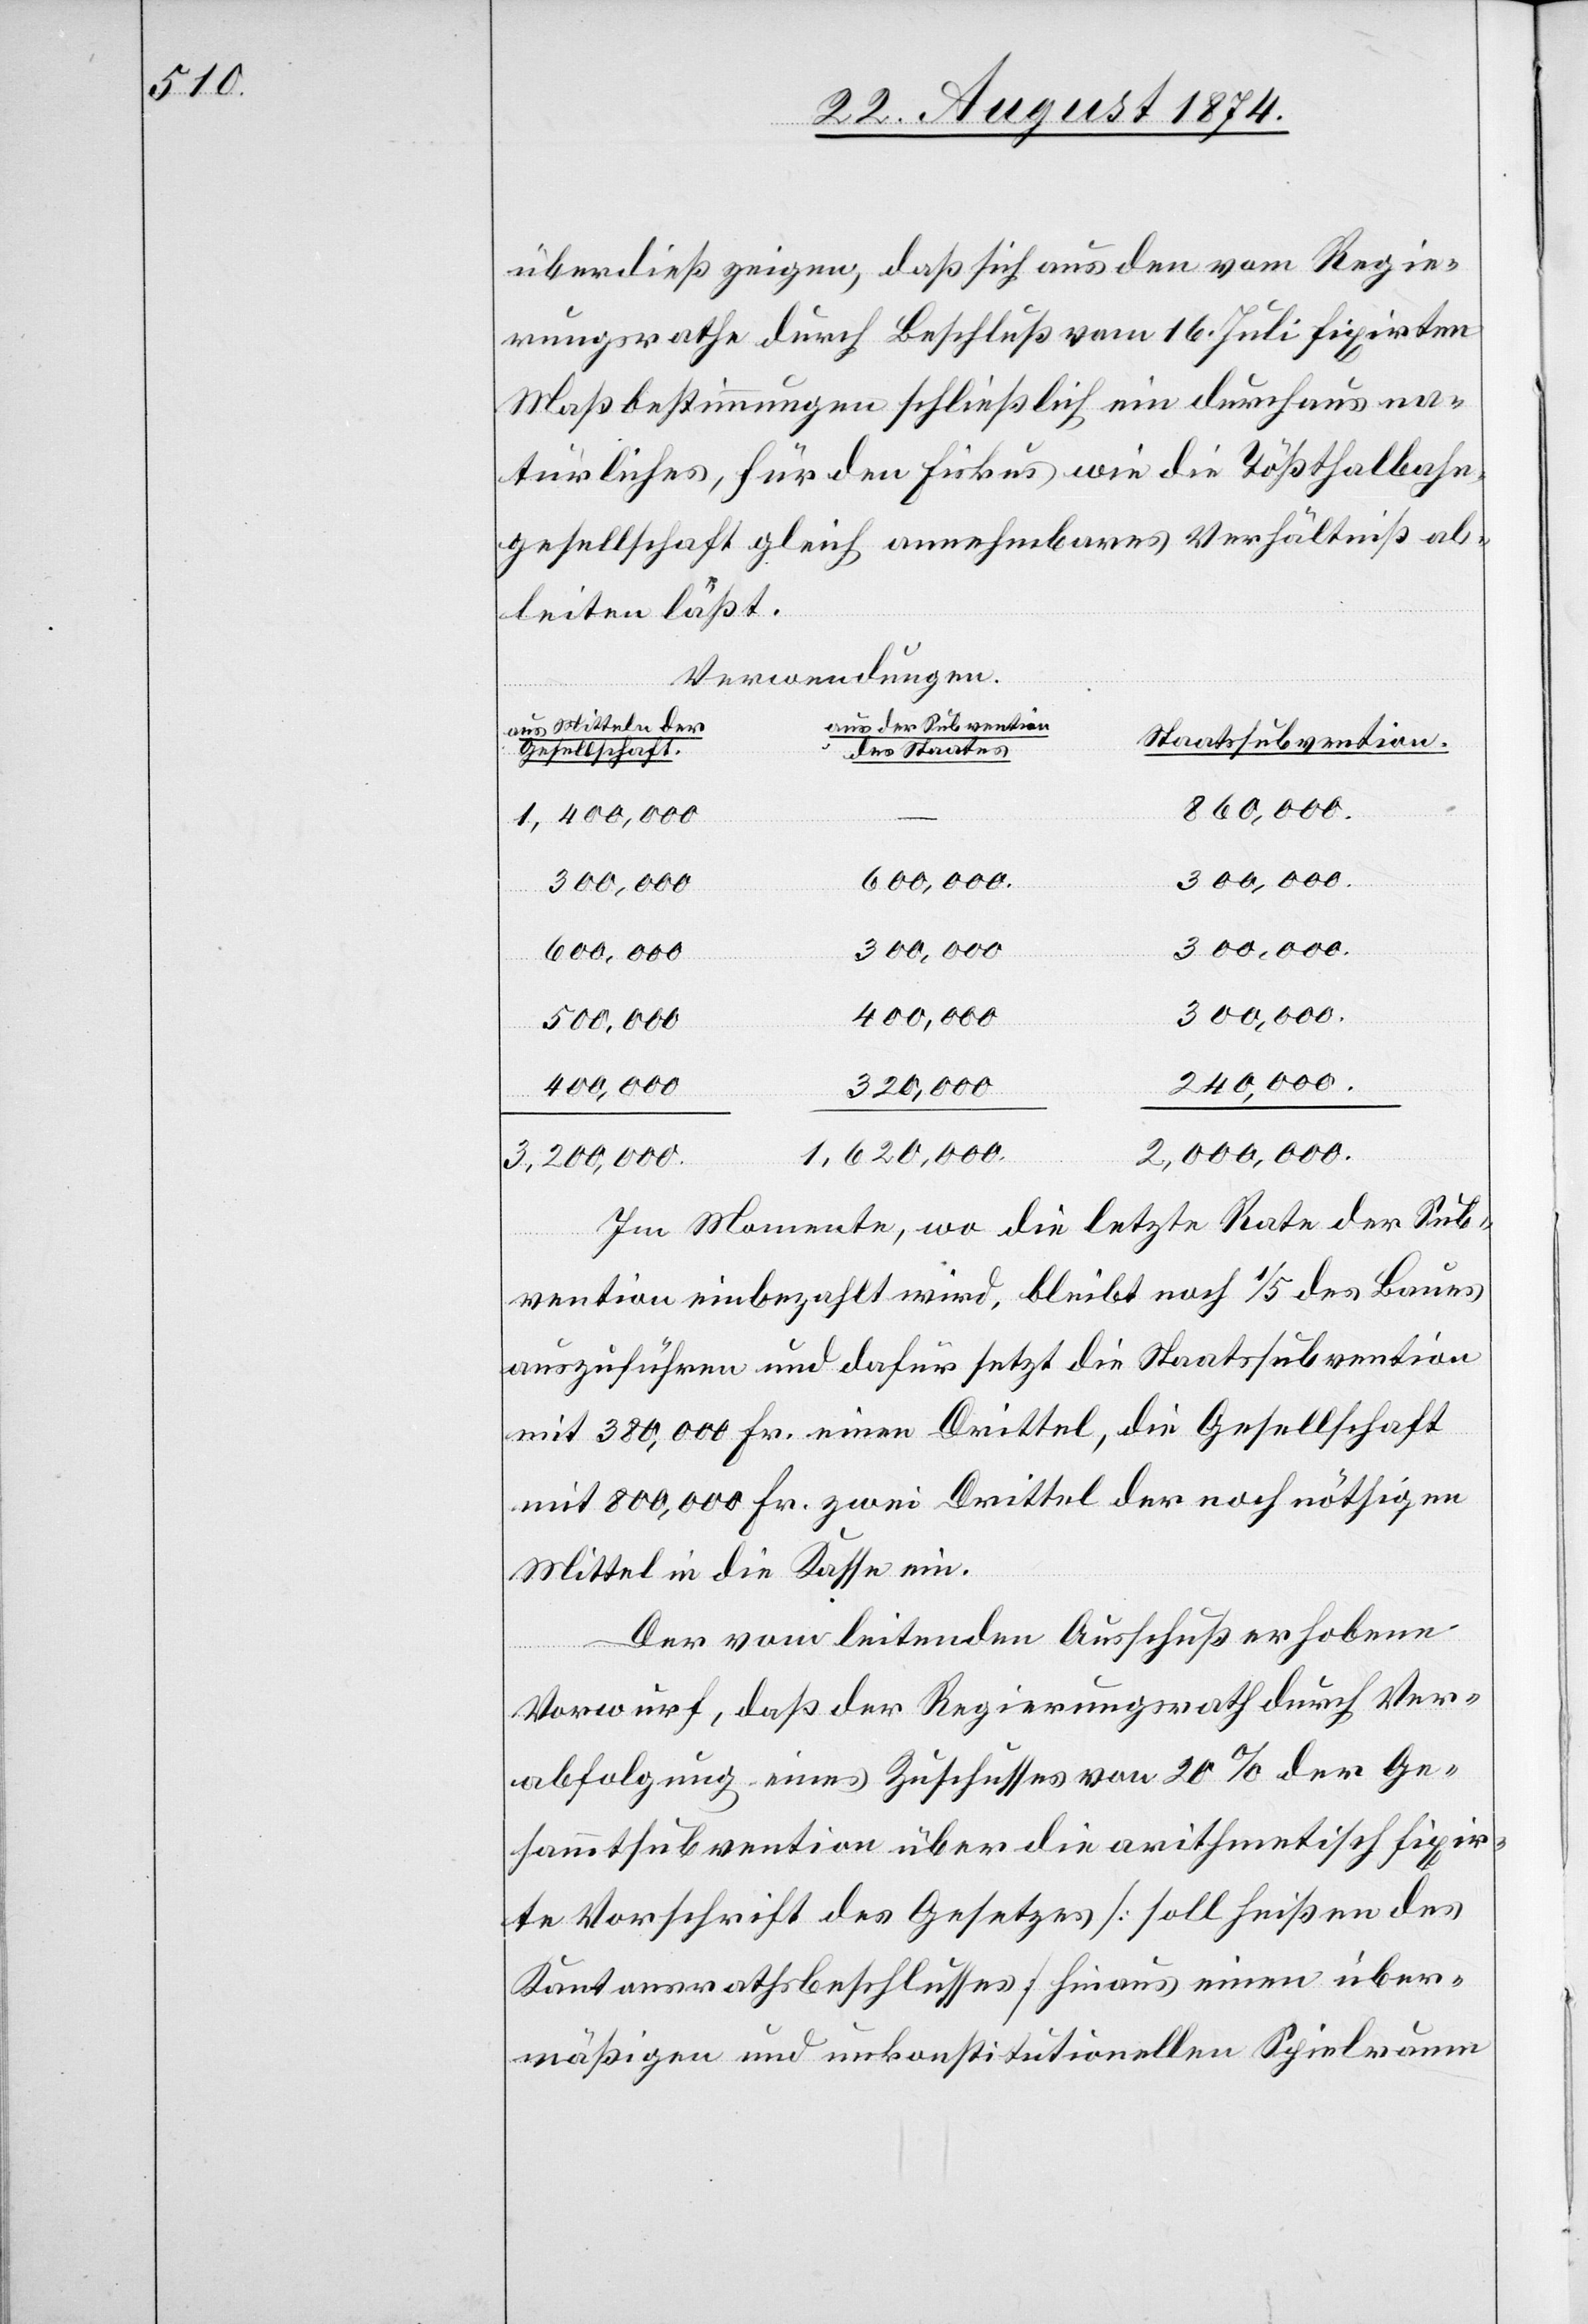
überdieß zeigen, daß sich aus den vom Regie¬
rungsrathe durch Beschluß vom 16. Juli fixirten
Maßbestimmungen schließlich ein durchaus na¬
türliches, für den Fiskus wie die Tößthalbahn¬
gesellschaft gleich annehmbares Verhältniß ab¬
leiten läßt.
Verwendungen
aus Mitteln der
Staatssubvention.
des Staates
Gesellschaft
860,000.
1,400,000.
300,000.
600,000.
300,000.
400,000.
240,000.
320,000.
aus
2,000,000.
1,620,000.
3,200,000.
Im Momente, wo die letzte Rate der Sub¬
vention einbezahlt wird, bleibt noch 1/5 des Baues
auszuführen und dafür setzt die Staatssubvention
mit 380,000 Fr. zwei Drittel der noch nöthigen
Mittel in die Kasse ein.
Der vom leitenden Ausschuß erhobene
Vorwurf, daß der Regierungsrath durch Ver¬
abfolgung eines Zuschusses von 20% der Ge¬
sammtsubvention über die arithmetisch fixir¬
te Vorschrift des Gesetzes [soll heißen des
Kantonsrathsbeschlusses] hinaus einen über¬
mäßigen und unkonstitutionellen Spielraum